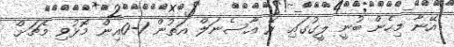
އޭނާ މިހެން ބުނީ ލީގުގައި ރޭ އާސެނަލް އަތުން 1-0އިން މޮޅުވި މެޗަށް